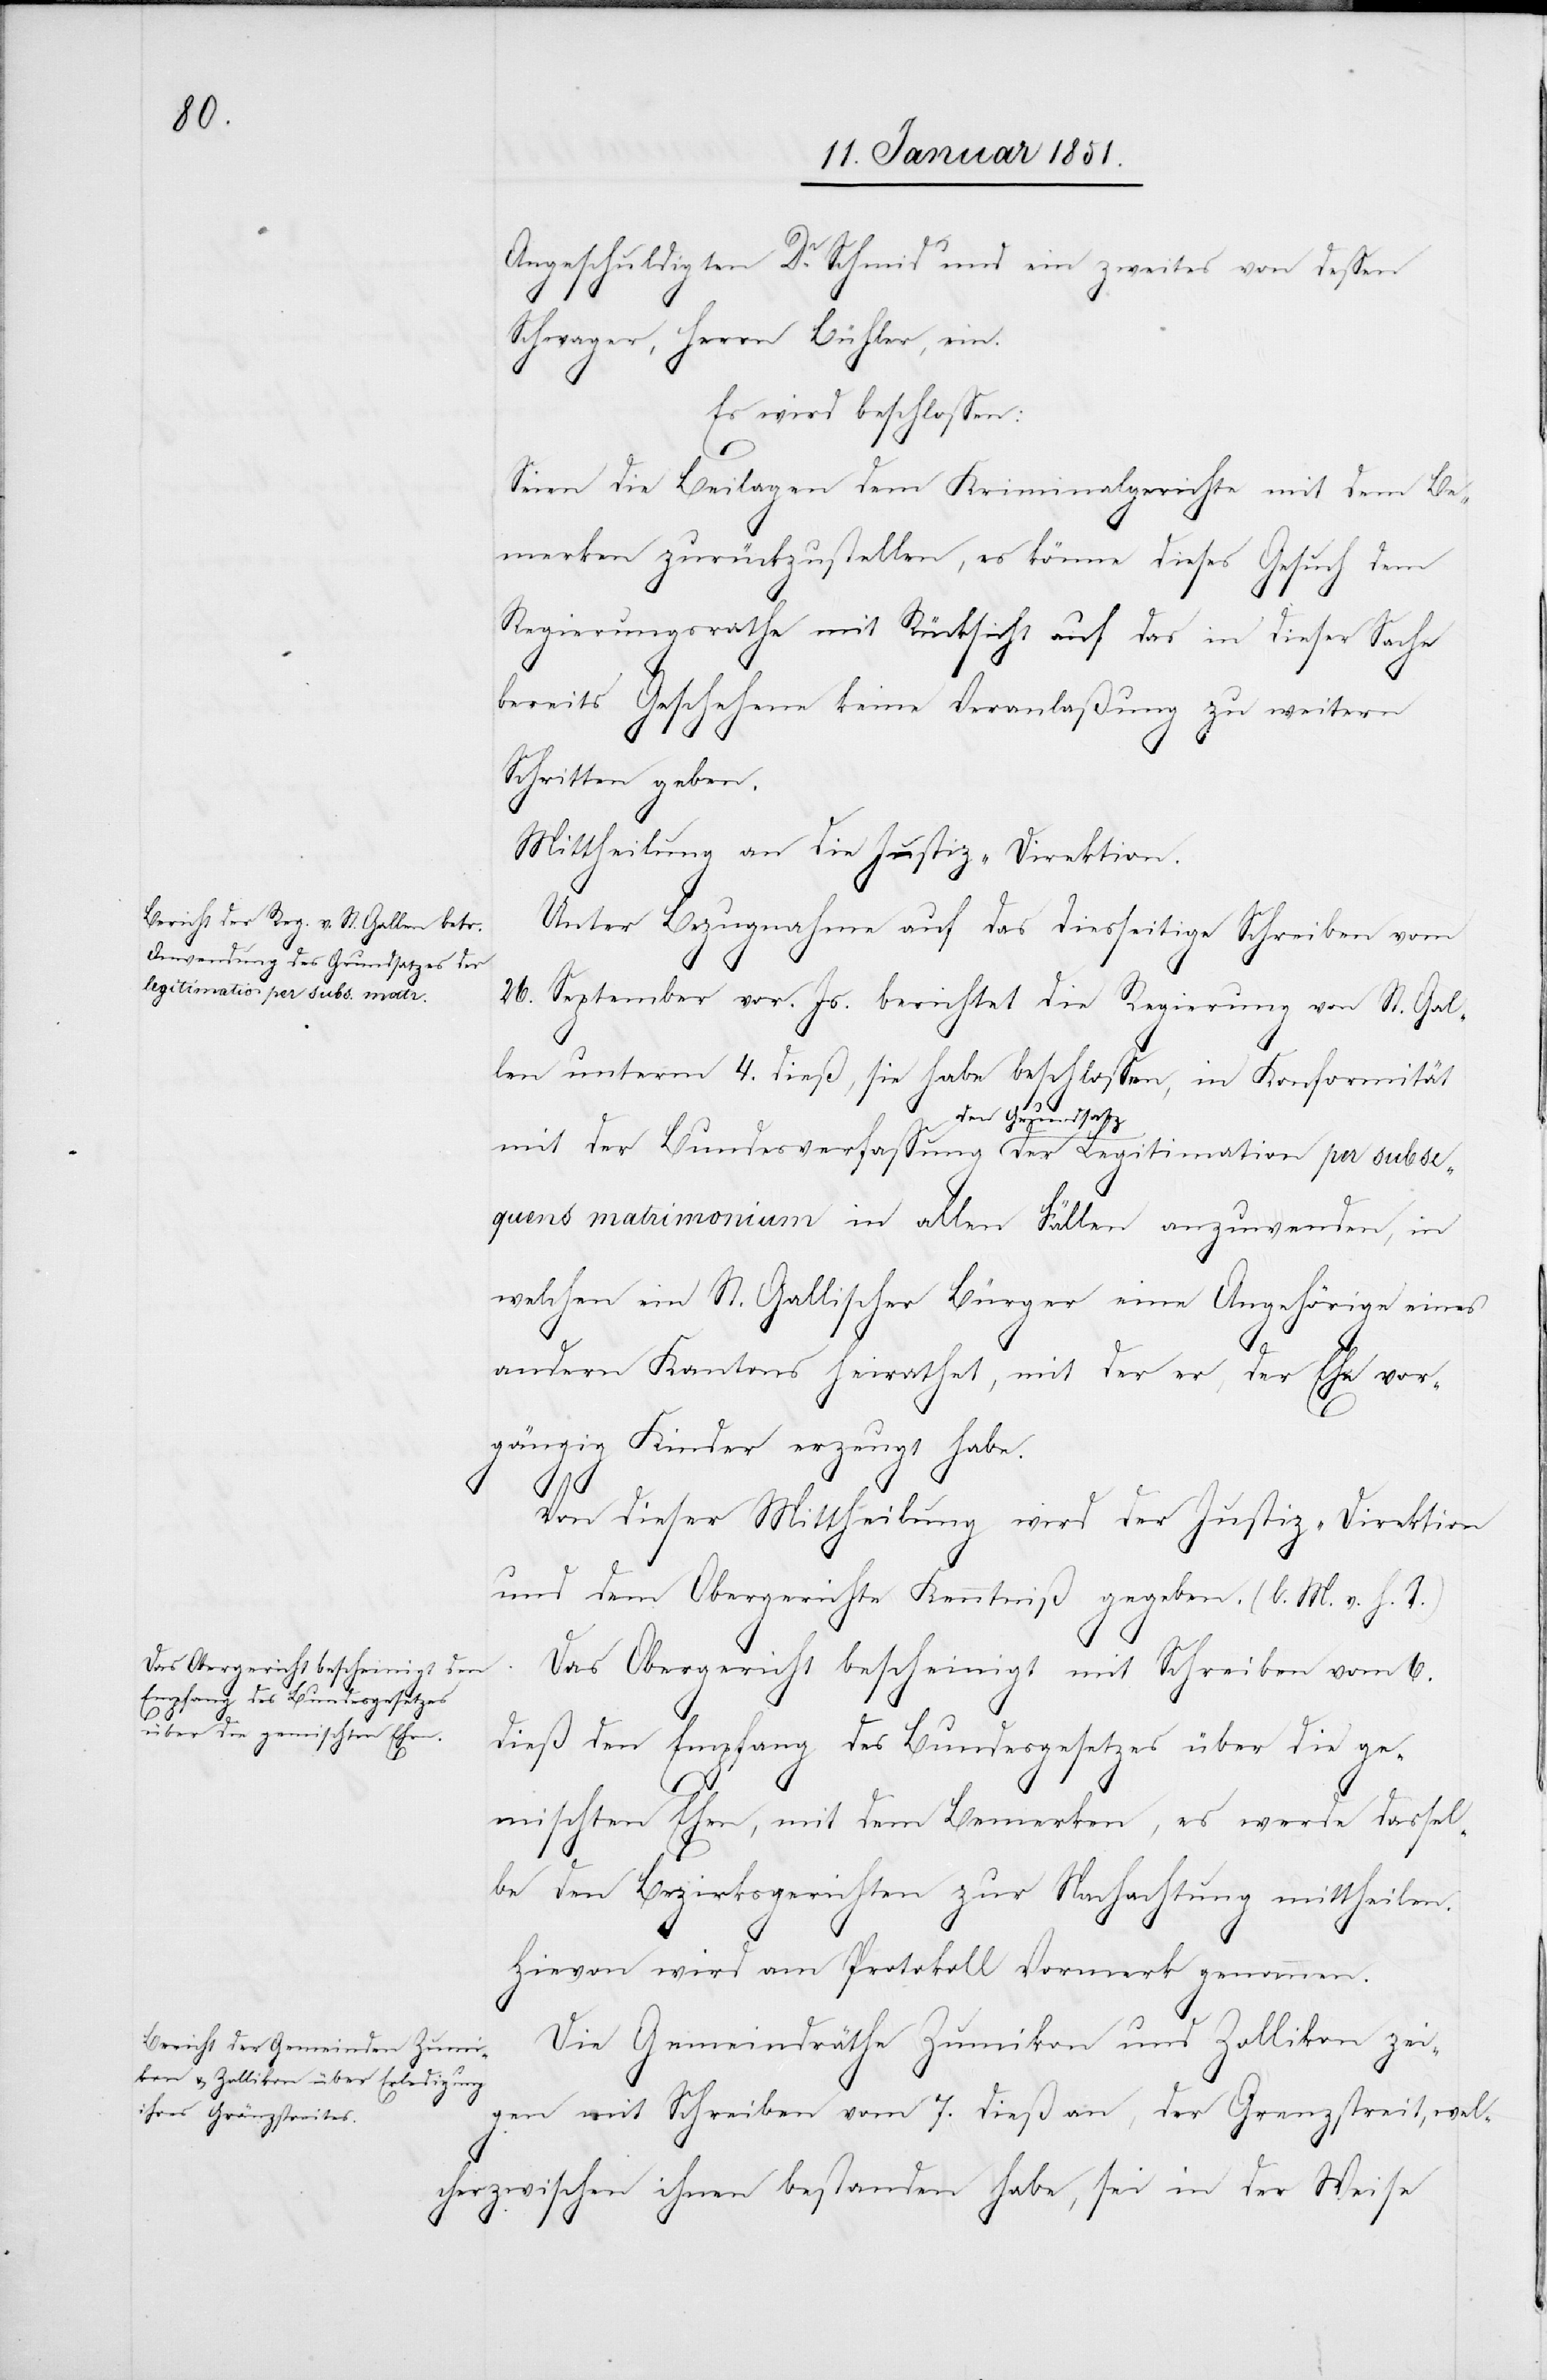
Angeschuldigten Dr. Schmid und ein zweites von dessen
Schwager, Herrn Bühler, ein.
Es wird beschlossen:
Seien die Beilagen dem Kriminalgerichte mit dem Be¬
merken zurückzustellen, es könne dieses Gesuch dem
Regierungsrathe mit Rücksicht auf das in dieser Sache
bereits Geschehene keine Veranlaßung zu weitern
Schritten geben.
Mittheilung an die Justiz-Direktion.
Unter Bezugnahme auf das diesseitige Schreiben vom
26. September vor. Js. berichtet die Regierung von St. Gal¬
len unterm 4. dieß, sie habe beschlossen, in Konformität
mit der Bundesverfassung den Grundsatz der Legitimation per subse¬
quens matrimonium in allen Fällen anzuwenden, in
welchen ein St. Gallischer Bürger eine Angehörige eines
andern Kantons heirathet, mit der er, der Ehe vor¬
gängig Kinder erzeugt habe.
Von dieser Mittheilung wird der Justiz-Direktion
und dem Obergerichte Kenntniß gegeben. (l. M. v. h. T.)
Das Obergericht bescheinigt mit Schreiben vom 6.
dieß den Empfang des Bundesgesetzes über die ge¬
mischten Ehen, mit dem Bemerken, es werde dassel¬
be den Bezirksgerichten zur Nachachtung mittheilen.
Hievon wird am Protokoll Vormerk genommen.
Die Gemeindräthe Zumikon und Zollikon zei¬
gen mit Schreiben vom 7. dieß an, der Grenzstreit, wel¬
cher zwischen ihnen bestanden habe, sei in der Weise